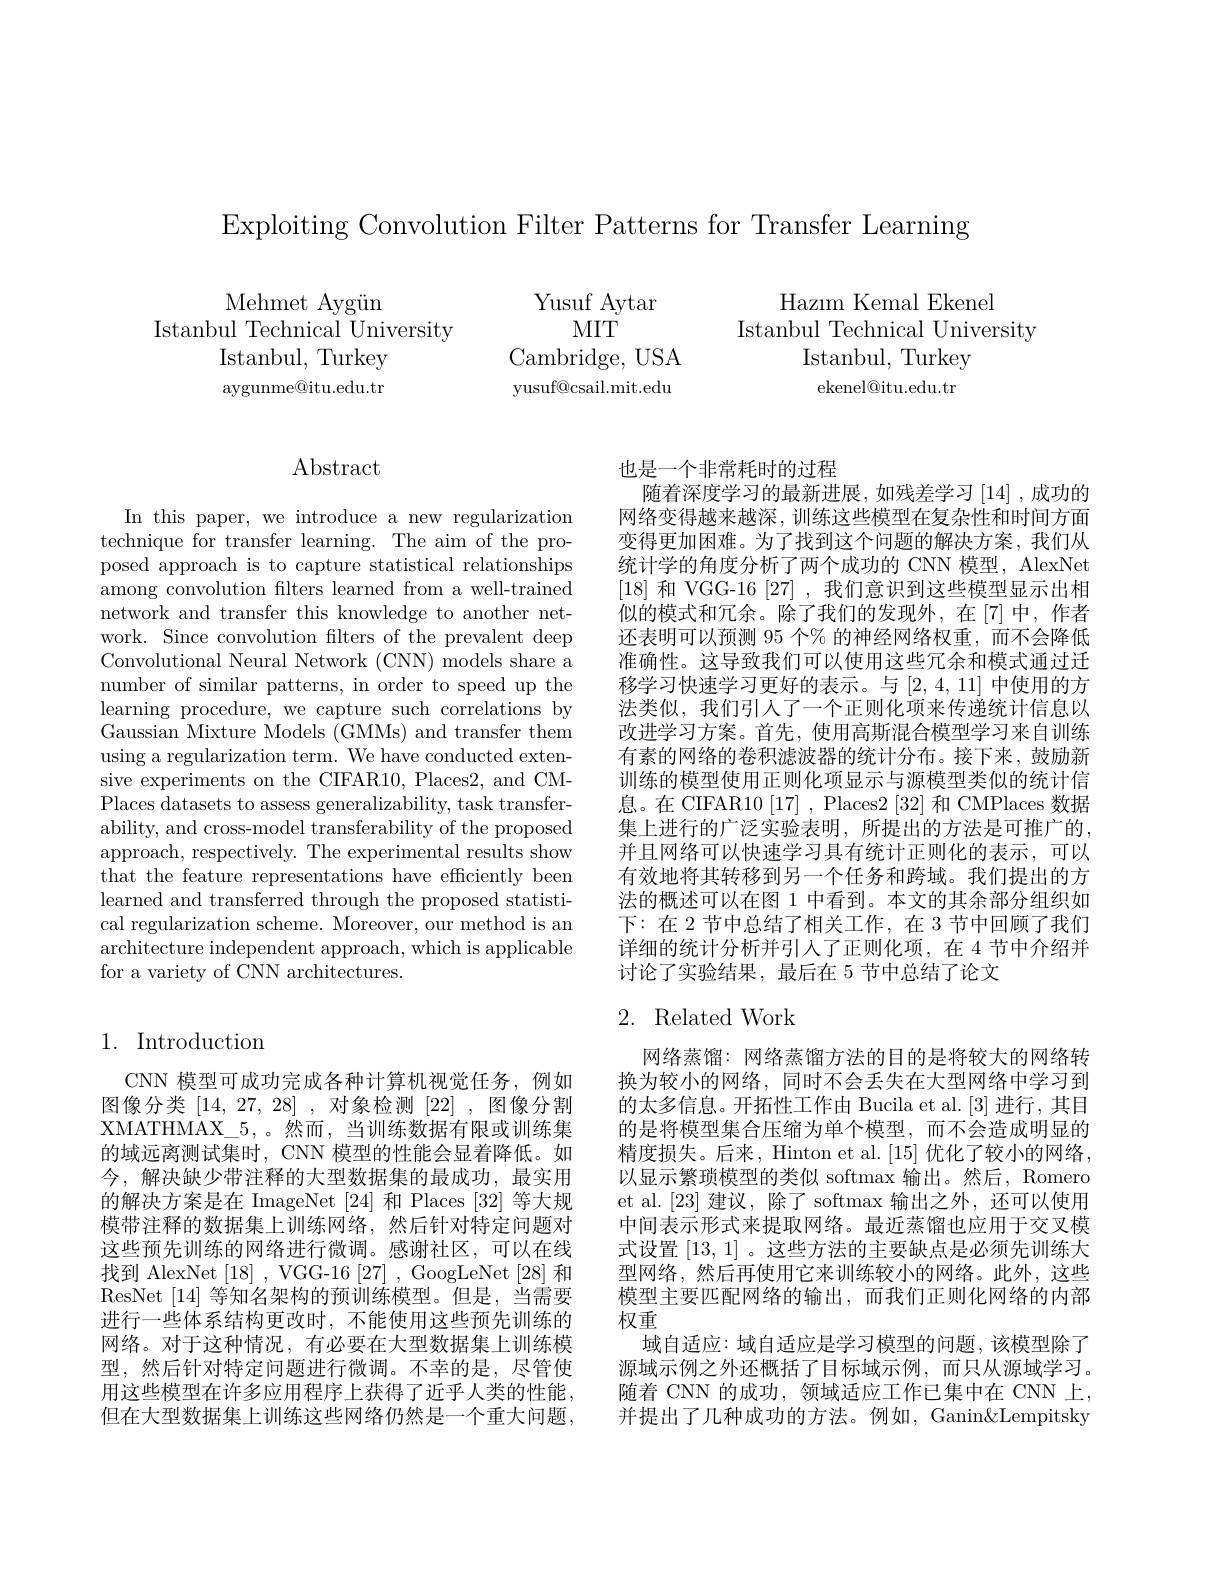
Exploiting Convolution Filter Patterns for Transfer Learning

Mehmet Aygün
Istanbul Technical University
Istanbul, Turkey aygunme@itu.edu.tr

Yusuf Aytar
$MIT$
Cambridge, USA yusuf@csail.mit.edu

$\begin{array}{c}\mathrm{Hazım~Kemal~Ekenel}\\\mathrm{Istanbul~Technical~University}\end{array}$
Istanbul, Turkey ekenel@itu.edu.tr

# $\operatorname{Abstract}$

In this paper, we introduce a new regularization technique for transfer learning. The aim of the proposed approach is to capture statistical relationships among convolution flters learned from a well-trained network and transfer this knowledge to another network. Since convolution filters of the prevalent deep Convolutional Neural Network (CNN) models share a number of similar patterns, in order to speed up the learning procedure, we capture such correlations by Gaussian Mixture Models (GMMs) and transfer them using a regularization term. We have conducted extensive experiments on the CIFAR10, Places2, and CMPlaces datasets to assess generalizability, task transferability, and cross-model transferability of the proposed approach, respectively. The experimental results show that the feature representations have efficiently been learned and transferred through the proposed statistical regularization scheme. Moreover, our method is an architecture independent approach, which is applicable for a variety of CNN architectures.

## 1. Introduction

CNN 模型可成功完成各种计算机视觉任务，例如图像分类[14,27,28],对象检测[22],图像分割XMATHMAX\_5,。然而，当训练数据有限或训练集的域远离测试集时，CNN 模型的性能会显着降低。如今，解决缺少带注释的大型数据集的最成功，最实用的解决方案是在 ImageNet [24] 和 Places [32] 等大规模带注释的数据集上训练网络，然后针对特定问题对这些预先训练的网络进行微调。感谢社区，可以在线找到 AlexNet [18] , VGG-16 [27] , GoogLeNet [28] 和ResNet [14]等知名架构的预训练模型。但是，当需要进行一些体系结构更改时，不能使用这些预先训练的网络。对于这种情况，有必要在大型数据集上训练模型，然后针对特定问题进行微调。不幸的是，尽管使用这些模型在许多应用程序上获得了近乎人类的性能， 但在大型数据集上训练这些网络仍然是一个重大问题，

也是一个非常耗时的过程
随着深度学习的最新进展，如残差学习$\left[14\right]$,成功的网络变得越来越深，训练这些模型在复杂性和时间方面变得更加困难。为了找到这个问题的解决方案，我们从统计学的角度分析了两个成功的 CNN 模型，AlexNet [18]和 VGG-16 [27] ,我们意识到这些模型显示出相似的模式和冗余。除了我们的发现外，在[7]中，作者还表明可以预测 95 个% 的神经网络权重，而不会降低准确性。这导致我们可以使用这些冗余和模式通过迁移学习快速学习更好的表示。与[2,4,11]中使用的方法类似，我们引人了一个正则化项来传递统计信息以改进学习方案。首先，使用高斯混合模型学习来自训练有素的网络的卷积滤波器的统计分布。接下来，鼓励新训练的模型使用正则化项显示与源模型类似的统计信息。在 CIFAR10 [17] , Places2 [32] 和 CMPlaces 数据集上进行的广泛实验表明，所提出的方法是可推广的， 并且网络可以快速学习具有统计正则化的表示，可以有效地将其转移到另一个任务和跨域。我们提出的方法的概述可以在图 1 中看到。本文的其余部分组织如下：在2节中总结了相关工作，在3节中回顾了我们详细的统计分析并引入了正则化项，在 4 节中介绍并讨论了实验结果，最后在 5 节中总结了论文

## 2. Related Work

网络蒸馏：网络蒸馏方法的目的是将较大的网络转换为较小的网络，同时不会丢失在大型网络中学习到的太多信息。开拓性工作由 Bucila et al. [3] 进行，其目的是将模型集合压缩为单个模型，而不会造成明显的精度损失。后来，Hinton et al. [15] 优化了较小的网络， 以显示繁琐模型的类似 softmax 输出。然后，Romero et al.[23] 建议，除了 softmax 输出之外，还可以使用中间表示形式来提取网络。最近蒸馏也应用于交叉模式设置[13,1] 。这些方法的主要缺点是必须先训练大型网络，然后再使用它来训练较小的网络。此外，这些模型主要匹配网络的输出，而我们正则化网络的内部权重
域自适应：域自适应是学习模型的问题，该模型除了源域示例之外还概括了目标域示例，而只从源域学习。随着 CNN 的成功，领域适应工作已集中在 CNN 上， 并提出了几种成功的方法。例如，Ganin&Lempitsky